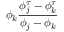
\phi _ { k } \frac { \phi _ { j } ^ { \tau } - \phi _ { k } ^ { \tau } } { \phi _ { j } - \phi _ { k } }